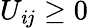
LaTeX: U_{\mathit{i}j}\geq0